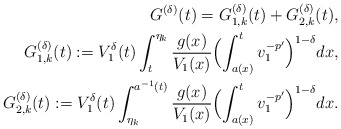
\begin{align*}G^{(\delta)}(t)=G_{1,k}^{(\delta)}(t)+G_{2,k}^{(\delta)}(t),\\ G_{1,k}^{(\delta)}(t):={V^{\delta}_1(t)}\int_t^{\eta_k}\frac{g(x)}{V_1(x)}\Bigl(\int_{a(x)}^tv_1^{-p'}\Bigr)^{1-\delta} dx,\\G_{2,k}^{(\delta)}(t):={V^{\delta}_1(t)}\int_{\eta_k}^{a^{-1}(t)}\frac{g(x)}{V_1(x)}\Bigl(\int_{a(x)}^tv_1^{-p'}\Bigr)^{1-\delta} dx.\end{align*}